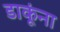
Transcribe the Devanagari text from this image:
डाकूंना